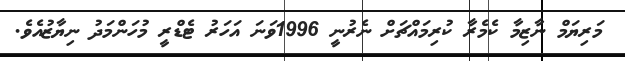
މަރިޔަމް ނާޒިމާ ކެމެރާ ކުރިމައްޗަށް ނެރުނީ 1996ވަނަ އަހަރު ޓެޑްރީ މުހަންމަދު ނިޔާޒުއެވެ.